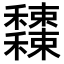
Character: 𥤕